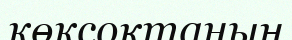
көксоқтаның